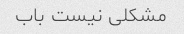
مشکلی نیست باب